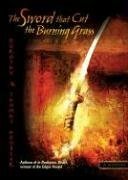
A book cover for The Sword That Cut the Burning Grass (The Samurai Mysteries); Dorothy Hoobler; Teen & Young Adult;